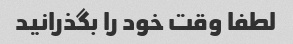
لطفا وقت خود را بگذرانید